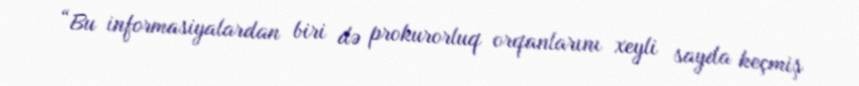
“Bu informasiyalardan biri də prokurorluq orqanlarını xeyli sayda keçmiş